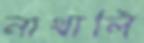
নাথালি